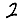
Digit: 2